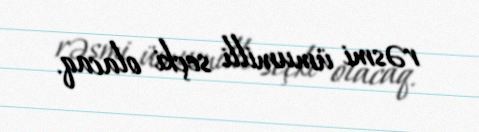
rəsmi ümumilli seçki olacaq.